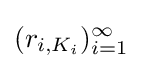
(r_{i,K_{i}})_{i=1}^{\infty }